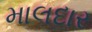
માલદાર